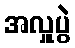
အလှူပွဲ